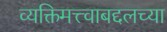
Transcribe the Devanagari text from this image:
व्यक्तिमत्त्वाबद्दलच्या